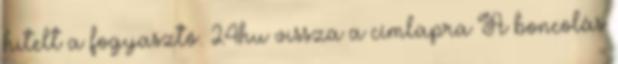
hitelt a fogyasztó. 24hu vissza a címlapra A boncolás